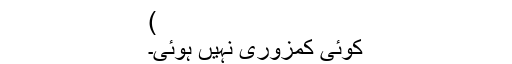
)
کوئی کمزوری نہیں ہوئی۔